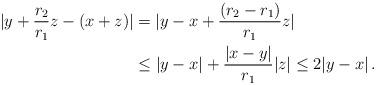
LaTeX: \begin{align*}\lvert y+\frac{r_2}{r_1}z-(x+z)\rvert&=\lvert y-x+\frac{(r_2-r_1)}{r_1} z\rvert\\&\leq \lvert y-x\rvert+\frac{\lvert x-y\rvert}{r_1}\lvert z\rvert\leq 2\lvert y-x\rvert\,.\end{align*}